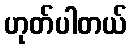
ဟုတ်ပါတယ်